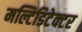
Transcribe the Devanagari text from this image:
मल्टिडिटेक्टर